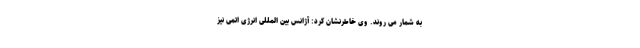
به شمار می روند. وی خاطرنشان کرد: آژانس بین المللی انرژی اتمی نیز